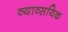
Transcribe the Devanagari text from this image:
व्याव्सयिक